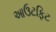
આઉટફિટ